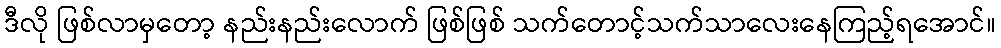
ဒီလို ဖြစ်လာမှတော့ နည်းနည်းလောက် ဖြစ်ဖြစ် သက်တောင့်သက်သာလေးနေကြည့်ရအောင်။